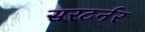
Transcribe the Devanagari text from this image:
सरटर्नर